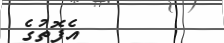
٣        އެފޮތުގެ